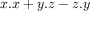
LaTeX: x . x + y . z - z . y